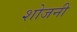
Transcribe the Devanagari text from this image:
शोजनी